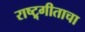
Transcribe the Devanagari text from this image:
राष्ट्र्गीताचा